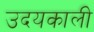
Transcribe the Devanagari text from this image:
उदयकाली